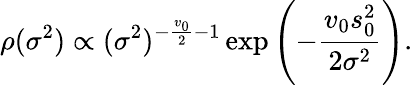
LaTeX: \rho(\sigma^{2})\propto(\sigma^{2})^{-{\frac{v_{0}}{2}}-1}\exp\left(-{\frac{v_{0}s_{0}^{2}}{2\sigma^{2}}}\right).